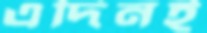
এদিনই